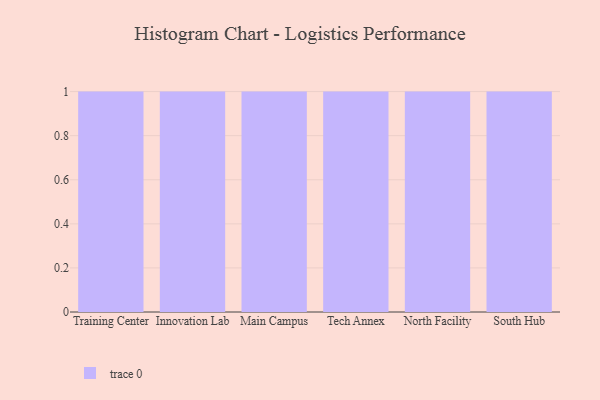
{"axis": {"x": "Campus", "y": "Inventory Turnover"}, "legend": [""], "data": [{"x": "Training Center", "y": 19, "type": ""}, {"x": "Innovation Lab", "y": 13, "type": ""}, {"x": "Main Campus", "y": 65, "type": ""}, {"x": "Tech Annex", "y": 39, "type": ""}, {"x": "North Facility", "y": 31, "type": ""}, {"x": "South Hub", "y": 48, "type": ""}]}